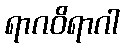
ရာဂဝိရာဂါ